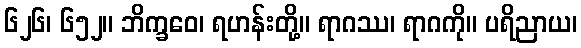
၆၂၆၊ ၆၅၂။ ဘိက္ခဝေ၊ ရဟန်းတို့။ ရာဂဿ၊ ရာဂကို။ ပရိညာယ၊